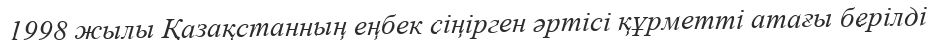
1998 жылы Қазақстанның еңбек сіңірген әртісі құрметті атағы берілді